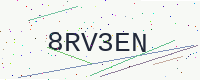
Text: 8RV3EN